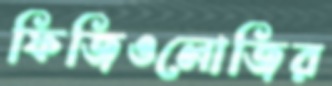
ফিজিওলোজির